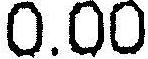
0.00